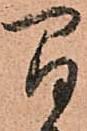
間